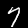
Digit: 7